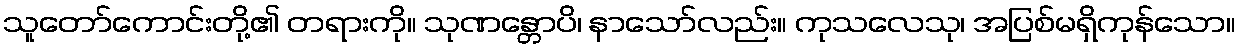
သူတော်ကောင်းတို့၏ တရားကို။ သုဏန္တောပိ၊ နာသော်လည်း။ ကုသလေသု၊ အပြစ်မရှိကုန်သော။